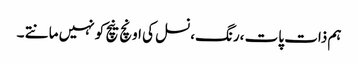
ہم ذات پات ،رنگ،نسل کی اونچ نیچ کو نہیں مانتے ۔